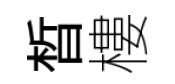
晳樓